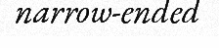
narrow-ended